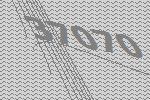
37070